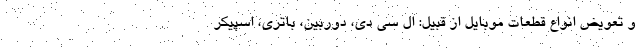
و تعویض انواع قطعات موبایل از قبیل: ال سی دی، دوربین، باتری، اسپیکر